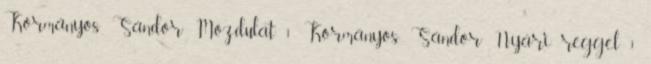
Kormányos Sándor: Mozdulat 1 Kormányos Sándor: Nyári reggel 1